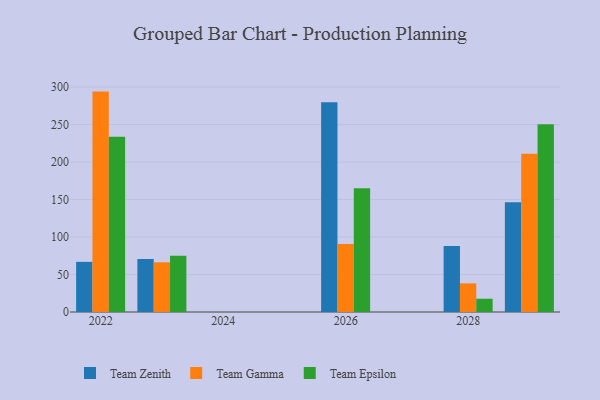
{"axis": {"x": "Year", "y": "Bounce Rate (%)"}, "legend": ["Team Epsilon", "Team Gamma", "Team Zenith"], "data": [{"x": "2022", "y": 66.9, "type": "Team Zenith"}, {"x": "2022", "y": 294.0, "type": "Team Gamma"}, {"x": "2022", "y": 233.9, "type": "Team Epsilon"}, {"x": "2026", "y": 279.7, "type": "Team Zenith"}, {"x": "2026", "y": 90.8, "type": "Team Gamma"}, {"x": "2026", "y": 165.2, "type": "Team Epsilon"}, {"x": "2028", "y": 88.1, "type": "Team Zenith"}, {"x": "2028", "y": 38.2, "type": "Team Gamma"}, {"x": "2028", "y": 17.7, "type": "Team Epsilon"}, {"x": "2023", "y": 70.8, "type": "Team Zenith"}, {"x": "2023", "y": 66.3, "type": "Team Gamma"}, {"x": "2023", "y": 75.1, "type": "Team Epsilon"}, {"x": "2029", "y": 146.3, "type": "Team Zenith"}, {"x": "2029", "y": 211.2, "type": "Team Gamma"}, {"x": "2029", "y": 250.3, "type": "Team Epsilon"}]}